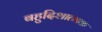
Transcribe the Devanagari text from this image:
बहुदिशात्मक